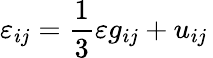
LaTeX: \varepsilon_{ij}=\frac 13\varepsilon g_{ij}+u_{ij}\,